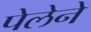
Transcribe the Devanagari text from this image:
पेलेने